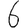
Digit: 6